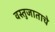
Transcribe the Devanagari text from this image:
वस्तुजाताचे